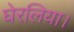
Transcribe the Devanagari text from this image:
घेरलिया।